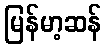
မြန်မာ့ဆန်